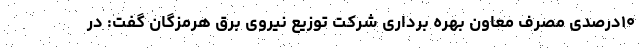
۱۰درصدی مصرف معاون بهره برداری شرکت توزیع نیروی برق هرمزگان گفت: در